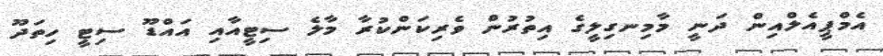
އެމްޕީއެލްއިން ދަނީ މާމިނގިލީގެ އިތުރުން ވެރިކަންކުރާ މާލެ ސިޓީއާއި އައްޑޫ ސިޓީ ހިތަދޫ